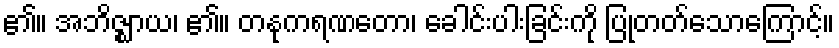
၏။ အဘိဇ္ဈာယ၊ ၏။ တနုကရဏတော၊ ခေါင်းပါးခြင်းကို ပြုတတ်သောကြောင့်။